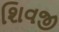
શિવજી